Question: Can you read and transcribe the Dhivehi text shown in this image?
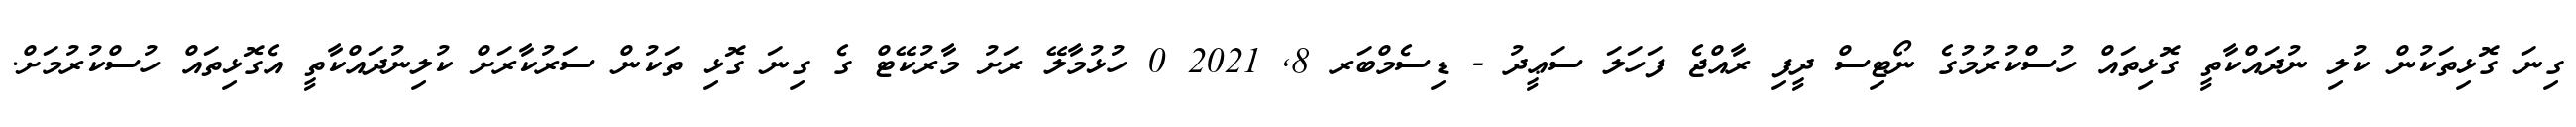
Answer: ގިނަ ގޮޅިތަކުން ކުލި ނުދައްކާތީ ގޮޅިތައް ހުސްކުރުމުގެ ނޯޓިސް ދީފި ރާއްޖެ ފަހަލަ ސަޢީދު - ޑިސެމްބަރ 8, 2021 0 ހުޅުމާލޭ ރަށު މާރުކޭޓް ގެ ގިނަ ގޮޅި ތަކުން ސަރުކާރަށް ކުލިނުދައްކާތީ އެގޮޅިތައް ހުސްކުރުމަށް.